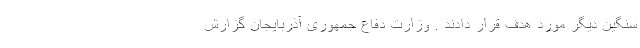
سنگین دیگر مورد هدف قرار دادند . وزارت دفاع جمهوری آذربایجان گزارش